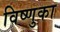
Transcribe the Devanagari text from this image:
विष्णुका